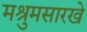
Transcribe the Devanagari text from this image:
मश्रुमसारखे